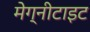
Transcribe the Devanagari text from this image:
मेग्नीटाइट